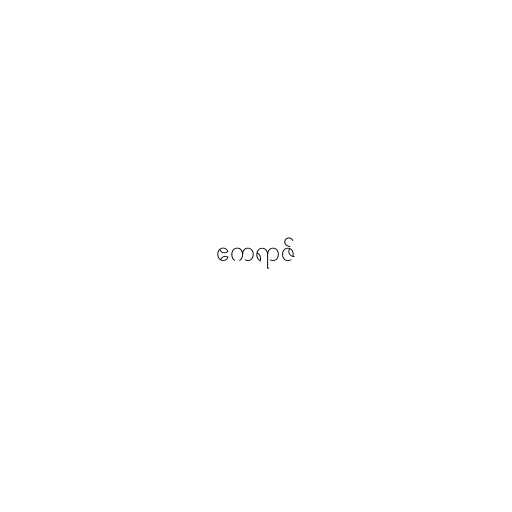
ဧကရာဇ်